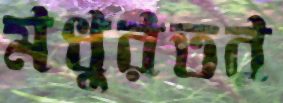
মধুরতর